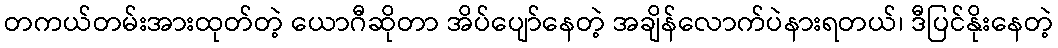
တကယ်တမ်းအားထုတ်တဲ့ ယောဂီဆိုတာ အိပ်ပျော်နေတဲ့ အချိန်လောက်ပဲနားရတယ်၊ ဒီပြင်နိုးနေတဲ့